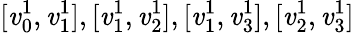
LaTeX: [\mathit{v}_{0}^{1},\mathit{v}_{1}^{1}],[\mathit{v}_{1}^{1},\mathit{v}_{2}^{1}],[\mathit{v}_{1}^{1},\mathit{v}_{3}^{1}],[\mathit{v}_{2}^{1},\mathit{v}_{3}^{1}]